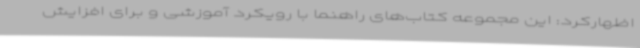
اظهارکرد: این مجموعه کتاب‌های راهنما با رویکرد آموزشی و برای افزایش